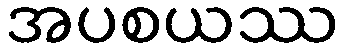
အပစယဿ